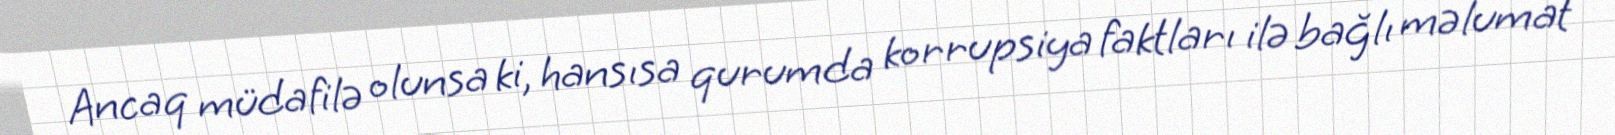
Ancaq müdafilə olunsa ki, hansısa qurumda korrupsiya faktları ilə bağlı məlumat